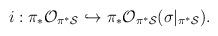
LaTeX: \begin{align*}i:\pi_{*}{\cal O}_{\pi^* {\cal S}} \hookrightarrow\pi_*{\cal O}_{\pi^* {\cal S}}(\sigma|_{\pi^* {\cal S}}).\end{align*}